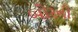
બોરની